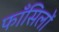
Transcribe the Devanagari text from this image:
फाँसिलों